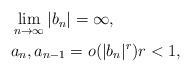
\begin{align*} \begin{aligned} & \lim_{n\to\infty}|b_n|=\infty, \\ & a_n,a_{n-1}=o(|b_n|^r) r<1, \end{aligned} \end{align*}